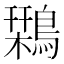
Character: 𪄃